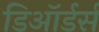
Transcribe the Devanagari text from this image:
डिऑर्डर्स